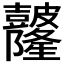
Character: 𥀼